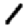
Digit: 1